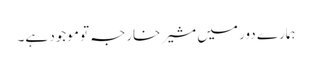
ہمارے دور میں مشیر خارجہ تو موجود ہے۔